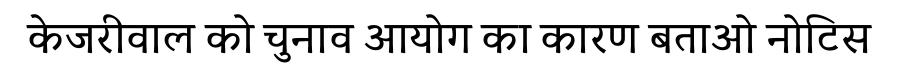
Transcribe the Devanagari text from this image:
केजरीवाल को चुनाव आयोग का कारण बताओ नोटिस